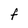
Character: t